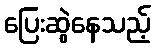
ပြေးဆွဲနေသည့်